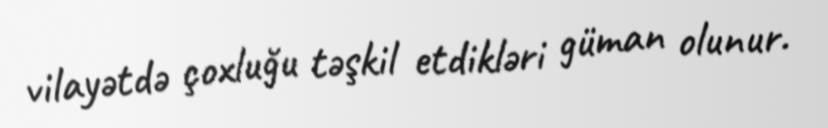
vilayətdə çoxluğu təşkil etdikləri güman olunur.